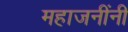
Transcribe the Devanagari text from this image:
महाजनींनी